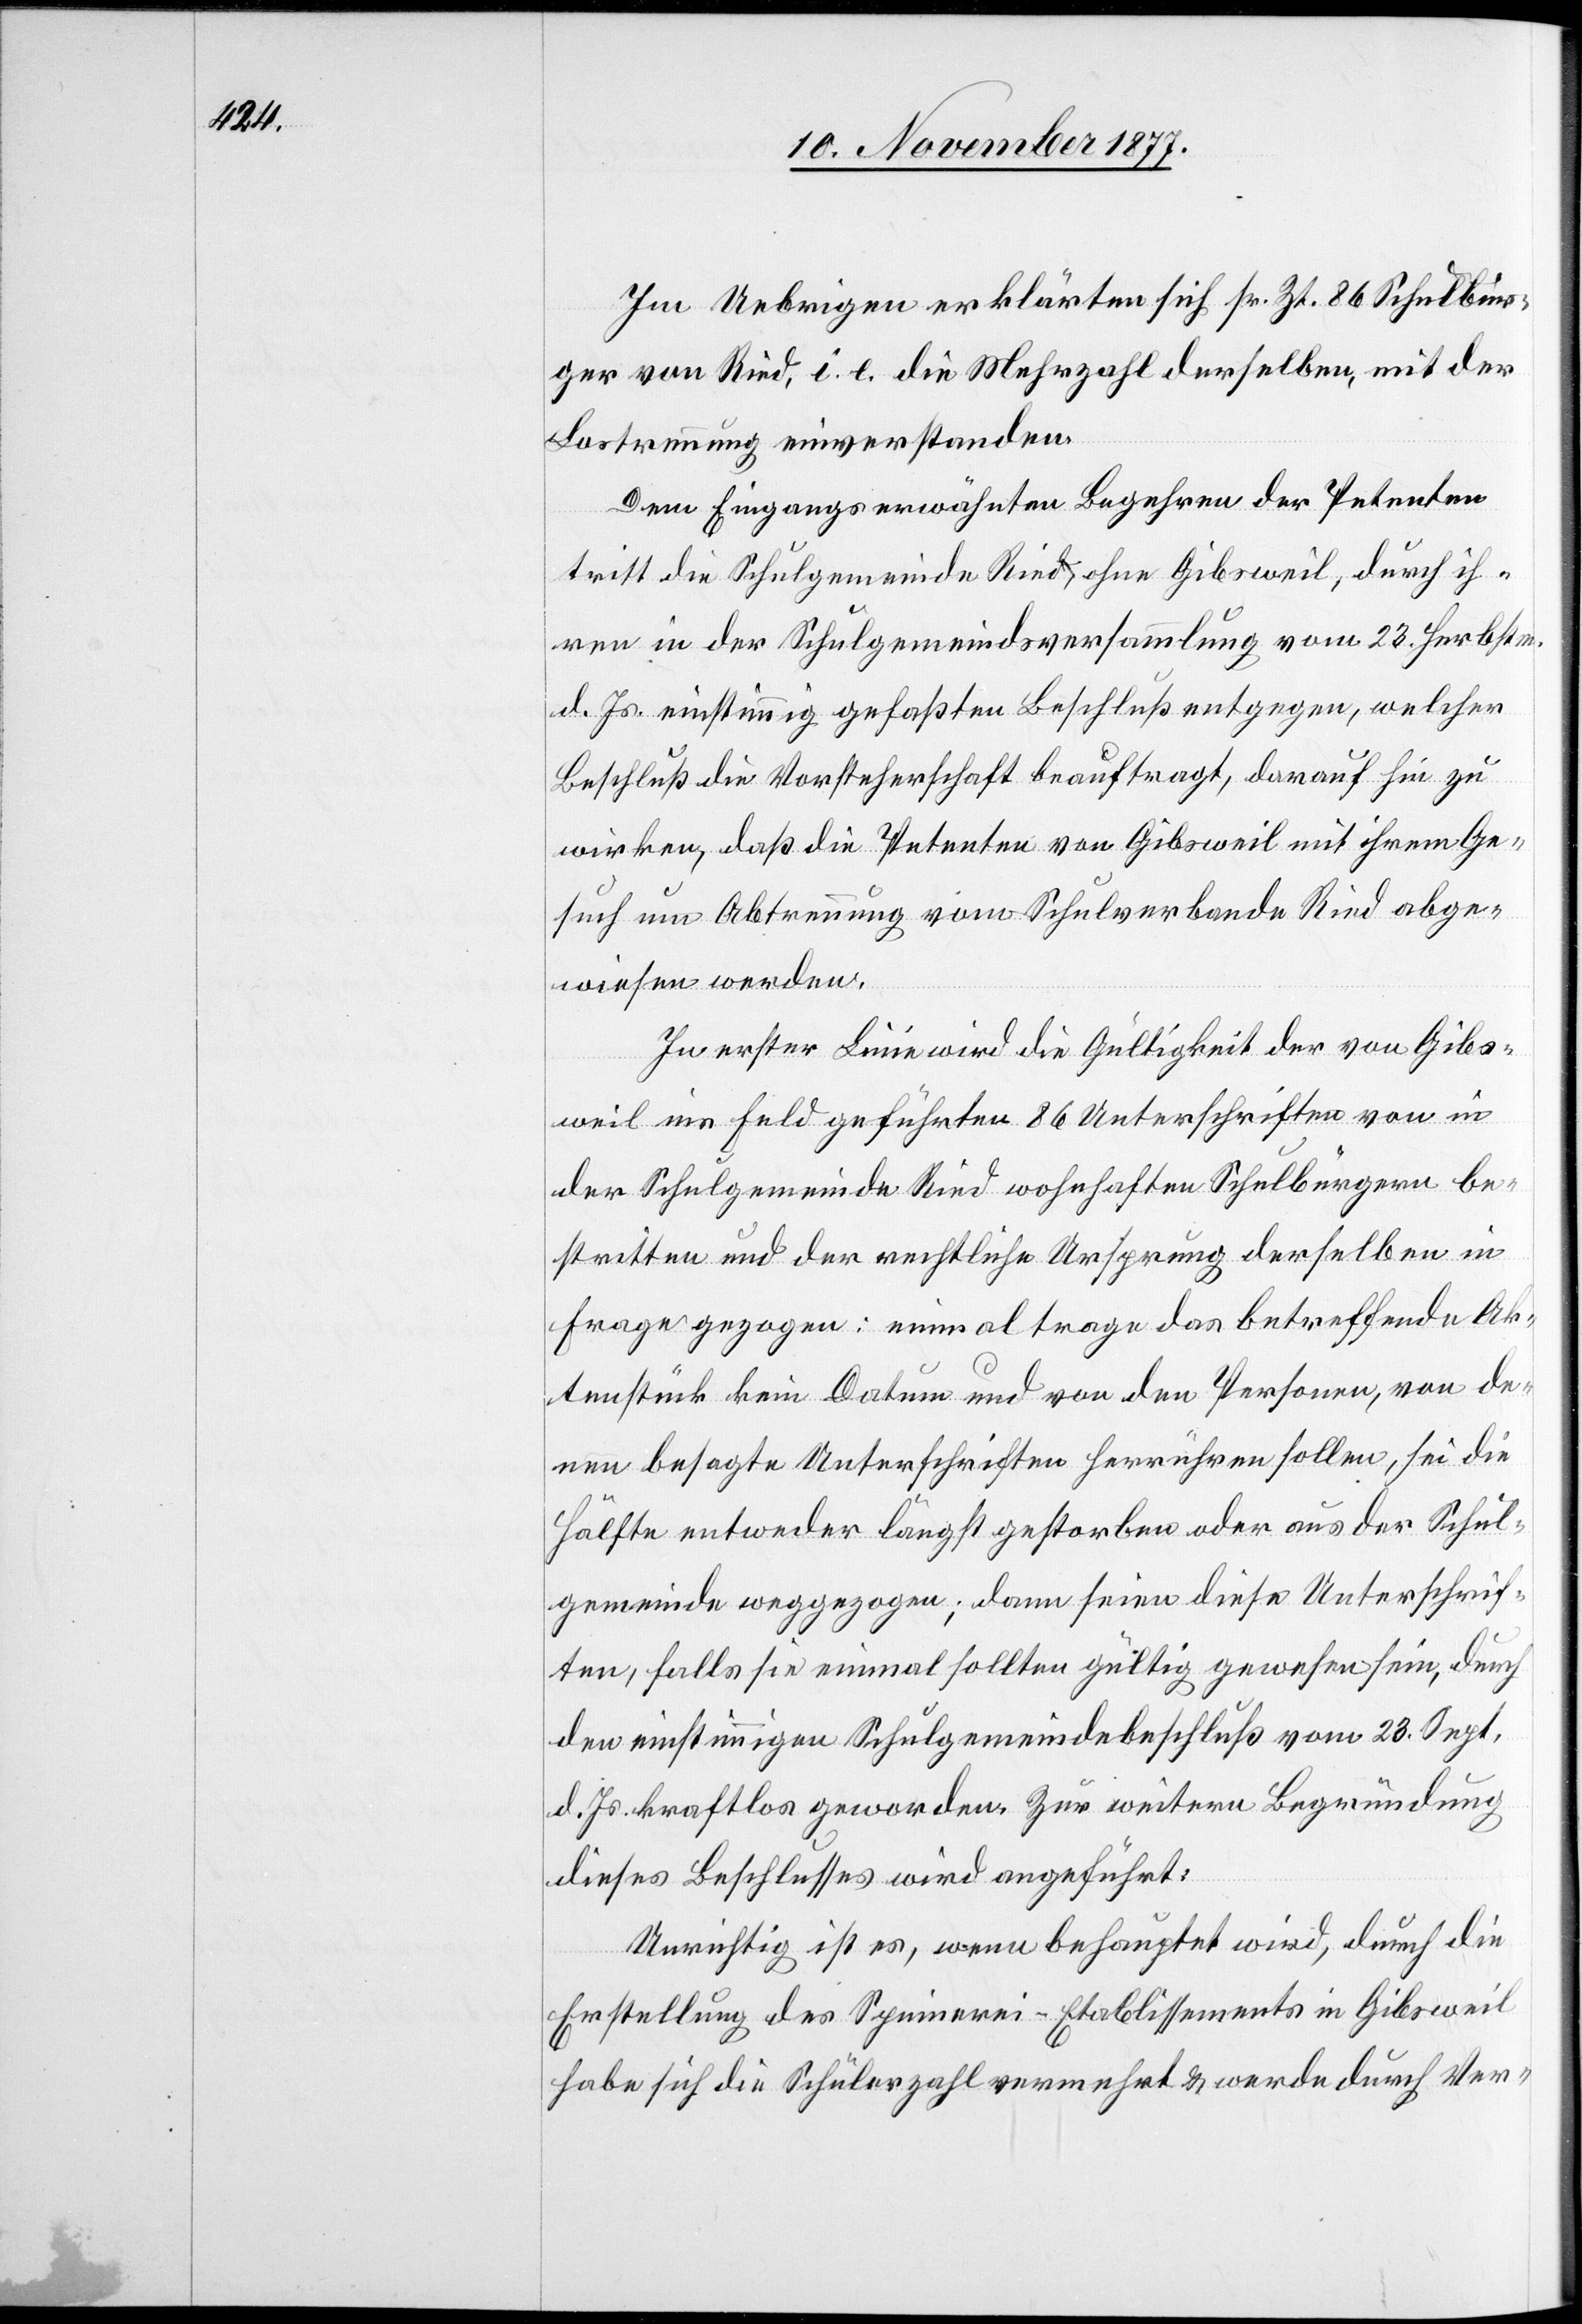
Im Uebrigen erklärten sich sr. Zt. 86 Schulbür¬
ger von Ried, i. e. die Mehrzahl derselben, mit der
Lostrennung einverstanden.
Dem Eingangs erwähnten Begehren der Petenten
tritt die Schulgemeinde Ried, ohne Gibsweil, durch ih¬
ren in der Schulgemeindsversammlung vom 23. Herbstm.
d. Js. einstimmig gefaßten Beschluß entgegen, welcher
Beschluß die Vorsteherschaft beauftragt, darauf hin zu
wirken, daß die Petenten von Gibsweil mit ihrem Ge¬
such um Abtrennung vom Schulverbande Ried abge¬
wiesen werden.
In erster Linie wird die Gültigkeit der von Gibs¬
weil ins Feld geführten 86 Unterschriften von in
der Schulgemeinde Ried wohnhaften Schulbürgern be¬
stritten und der rechtliche Ursprung derselben in
Frage gezogen: einmal trage das betreffende Ak¬
tenstück kein Datum und von den Personen, von de¬
nen besagte Unterschriften herrühren sollen, sei die
Hälfte entweder längst gestorben oder aus der Schul¬
gemeinde weggezogen; dann seien diese Unterschrif¬
ten, falls sie einmal sollten gültig gewesen sein, durch
den einstimmigen Schulgemeindebeschluß vom 23. Sept.
d. Js. kraftlos geworden. Zur weitern Begründung
dieses Beschlusses wird angeführt:
Unrichtig ist es, wenn behauptet wird, durch die
Erstellung des Spinnerei-Etablissements in Gibsweil
habe sich die Schülerzahl vermehrt & werde durch Ver-